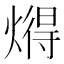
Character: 𬋂